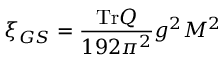
\xi _ { G S } = { \frac { \mathrm { T r } Q } { 1 9 2 \pi ^ { 2 } } } g ^ { 2 } M ^ { 2 }